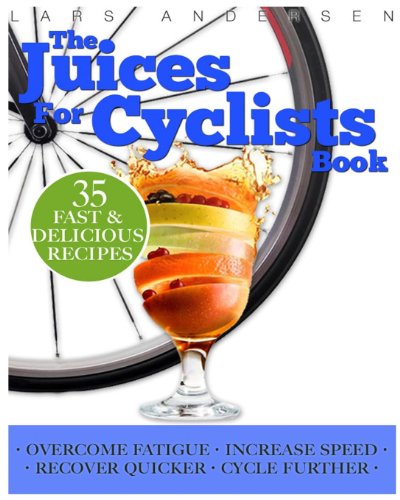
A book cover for Juices for Cyclists: Juicer Recipes, Diet and Nutrition Guide for Improved Cycling Performance (Food for Fitness Series); Lars Andersen; Health, Fitness & Dieting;